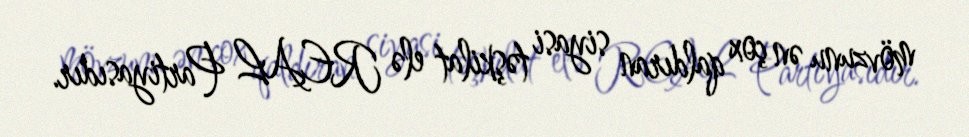
mövzunu ən çox qaldıran siyasi təşkilat elə REAL Partiyasıdır.